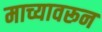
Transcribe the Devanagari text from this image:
माच्यावरून